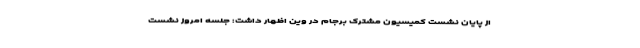
از پایان نشست کمیسیون مشترک برجام در وین اظهار داشت: جلسه امروز نشست